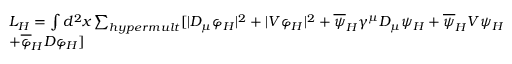
\begin{array} { l c r } { { L _ { H } = \int d ^ { 2 } x \sum _ { h y p e r m u l t } [ | D _ { \mu } \varphi _ { H } | ^ { 2 } + | V \varphi _ { H } | ^ { 2 } + \overline { { { \psi } } } _ { H } \gamma ^ { \mu } D _ { \mu } \psi _ { H } + \overline { { { \psi } } } _ { H } V { \psi } _ { H } + \overline { { { \psi } } } _ { V } V { \psi } _ { H } } } \\ { { + \overline { { \varphi } } _ { H } D \varphi _ { H } ] } } \end{array}